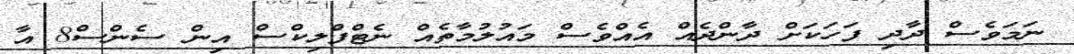
ނަމަވެސް ދާދި ފަހަކަށް ދާންދެއް އެއްވެސް މައުލުމާތެއް ނެޓްފްލިކްސް އިން ސެންސް8 އާ